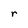
Character: r